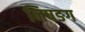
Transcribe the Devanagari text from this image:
निषङग